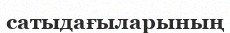
сатыдағыларының